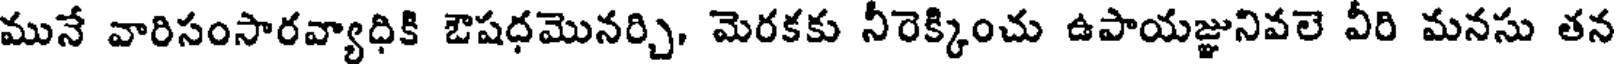
మునే వారిసంసారవ్యాధికి ఔషధమొనర్చి, మెరకకు నీరెక్కించు ఉపాయజ్ఞునివలె వీరి మనసు తన